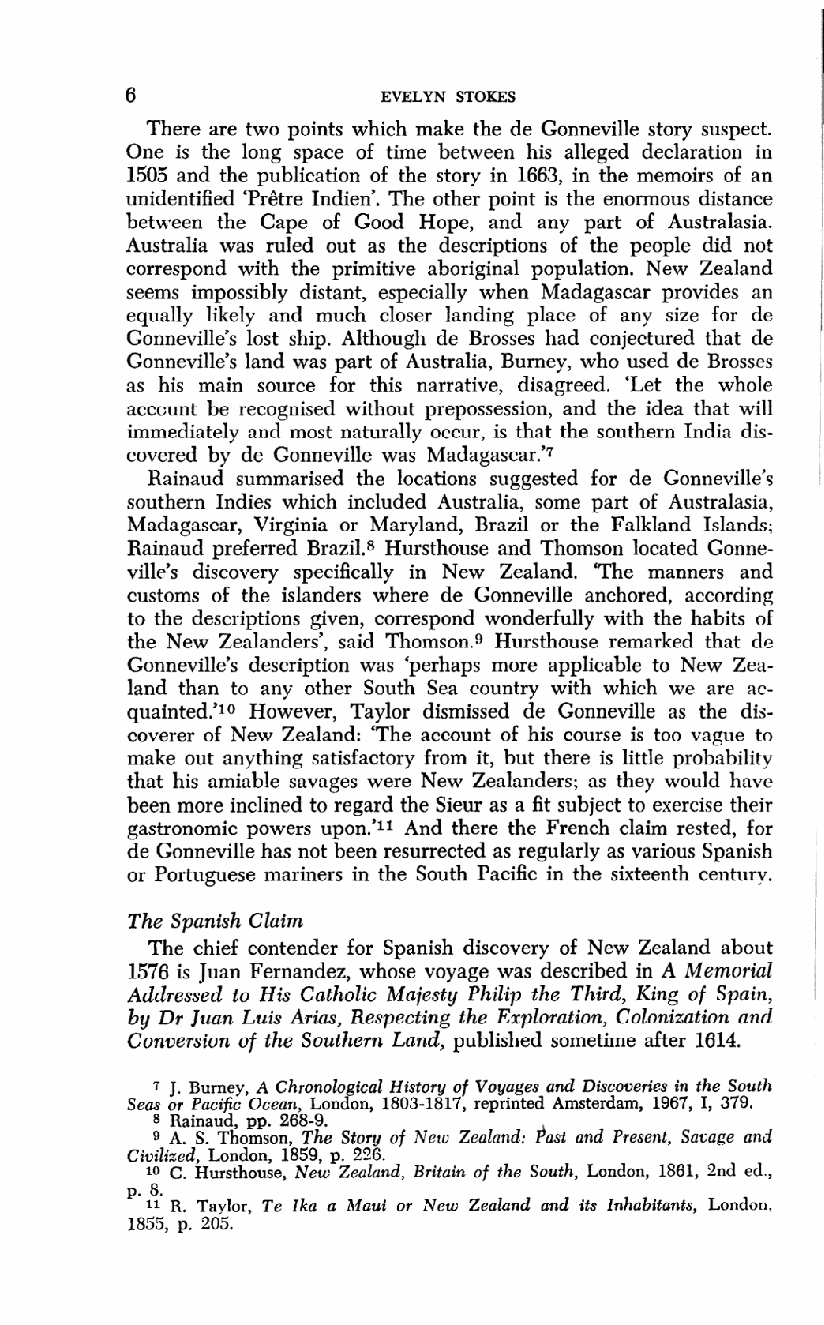
6                EVELYN STOKES
 There are two points which make the de Gonneville story suspect.
 One is the long space of time between his alleged declaration in
 1505 and the publication of the story in 1663, in the memoirs of an
 unidentified 'Prêtre Indien'. The other point is the enormous distance
 between the Cape of Good Hope, and any part of Australasia.
 Australia was ruled out as the descriptions of the people did not
 correspond with the primitive aboriginal population. New Zealand
 seems impossibly distant, especially when Madagascar provides an
 equally likely and much closer landing place of any size for de
 Gonneville's lost ship. Although de Brosses had conjectured that de
 Gonneville's land was part of Australia, Burney, who used de Brosses
 as his main source for this narrative, disagreed. 'Let the whole
 account be recognised without prepossession, and the idea that will
 immediately and most naturally occur, is that the southern India dis-
 covered by de Gonneville was Madagascar.'7
 Rainaud summarised the locations suggested for de Gonneville's
 southern Indies which included Australia, some part of Australasia,
 Madagascar, Virginia or Maryland, Brazil or the Falkland Islands;
 Rainaud preferred Brazil.8 Hursthouse and Thomson located Gonne-
 ville's discovery specifically in New Zealand. 'The manners and
 customs of the islanders where de Gonneville anchored, according
 to the descriptions given, correspond wonderfully with the habits of
 the New Zealanders', said Thomson.9 Hursthouse remarked that de
 Gonneville's description was 'perhaps more applicable to New Zea-
 land than to any other South Sea country with which we are ac-
 quainted.'10 However, Taylor dismissed de Gonneville as the dis-
 coverer of New Zealand: 'The account of his course is too vague to
 make out anything satisfactory from it, but there is little probability
 that his amiable savages were New Zealanders; as they would have
 been more inclined to regard the Sieur as a fit subject to exercise their
 gastronomic powers upon.'11 And there the French claim rested, for
 de Gonneville has not been resurrected as regularly as various Spanish
 or Portuguese mariners in the South Pacific in the sixteenth century.
 The Spanish Claim
 The chief contender for Spanish discovery of New Zealand about
 1576 is Juan Fernandez, whose voyage was described in A Memorial
 Addressed to His Catholic Majesty Philip the Third, King of Spain,
 by Dr Juan Luis Arias, Respecting the Exploration, Colonization and
 Conversion of the Southern Land, published sometime after 1614.
 7 J. Burney, A Chronological History of Voyages and Discoveries in the South
 Seas or Pacific Ocean, London, 1803-1817, reprinted Amsterdam, 1967, I, 379.
 8 Rainaud, pp. 268-9.
 9 A. S. Thomson, The Story of New Zealand: Past and Present, Savage and
 Civilized, London, 1859, p. 226.
 10 C. Hursthouse, New Zealand, Britain of the South, London, 1861, 2nd ed.,
 p. 8.
 11 R. Taylor, Te Ika a Maui or New Zealand and its Inhabitants, London.
 1855, p. 205.